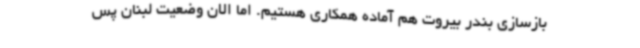
بازسازی بندر بیروت هم آماده همکاری هستیم. اما الان وضعیت لبنان پس